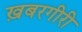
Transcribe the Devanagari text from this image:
ख़बरगीरी